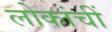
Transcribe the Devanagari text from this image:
लोकांचीं